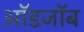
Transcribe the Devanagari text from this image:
ऑडजॉब